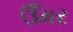
ઉઁમર